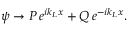
\psi \rightarrow P \, e ^ { i k _ { L } x } + Q \, e ^ { - i k _ { L } x } .